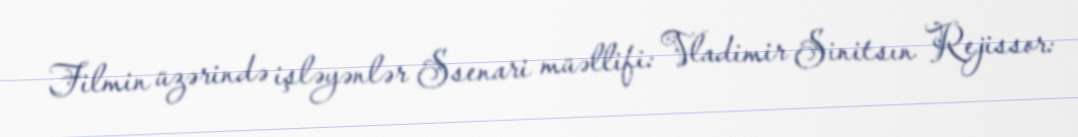
Filmin üzərində işləyənlər Ssenari müəllifi: Vladimir Sinitsın Rejissor: